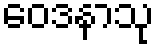
ဝေဒနာသု